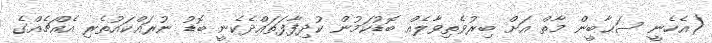
(އެހެނީ ސަޙާބީން މާތް އަށް ބިރުވެތިވާލެއް ބޮޑުކަމުން ކުދިފާފަތައްދެކެނީ ބޮޑު ނުރައްކައުތެރި އެއްޗެއްގެ